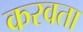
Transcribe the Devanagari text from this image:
करवता